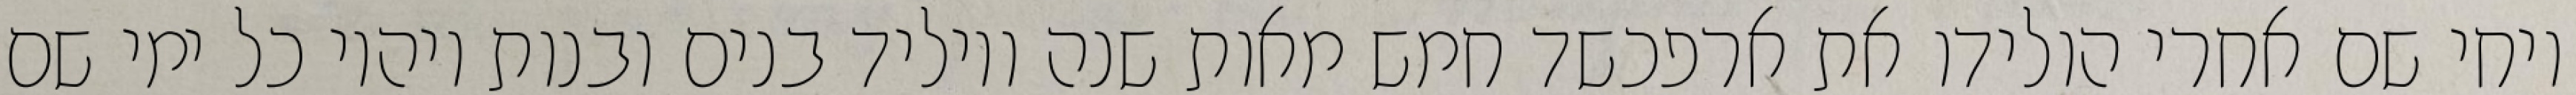
ויחי שם אחרי הולידו את ארפכשד חמש מאות שנה ויוליד בנים ובנות ויהיו כל ימי שם